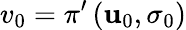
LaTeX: v_{0}=\pi^{\prime}\left(\mathbf{u}_{0},\sigma_{0}\right)